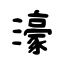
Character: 濠